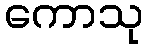
ကောသု